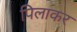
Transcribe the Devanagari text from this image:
पिलाकर